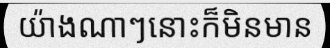
យ៉ាងណាៗនោះក៏មិនមាន